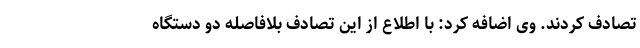
تصادف کردند. وی اضافه کرد: با اطلاع از این تصادف بلافاصله دو دستگاه